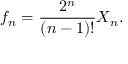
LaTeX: f _ { n } = \frac { 2 ^ { n } } { ( n - 1 ) ! } X _ { n } .